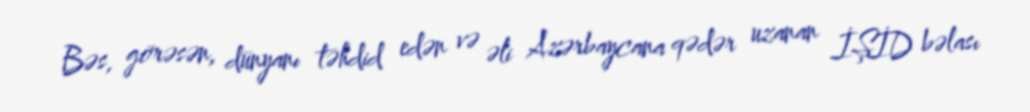
Bəs, görəsən, dünyanı təhdid edən və əli Azərbaycana qədər uzanan İŞİD bəlası